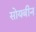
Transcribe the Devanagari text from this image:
सोयबीन